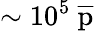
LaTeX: \sim 10^{5}\ \overline{{\textnormal{p}}}